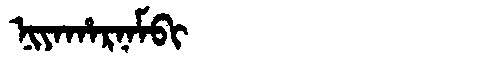
Manchu: ᠨᡳᠶᠠᡥᠠᡵᠨᠠᠮᠪᡳ
Romanization: NIYAHARNAMBI